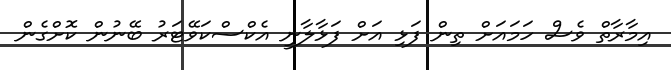
އިމާރާތް ވެސް ހަމައަށް ތިން ފަޅި އަށް ފަޅާލާނީ އެކްސްކަވޭޓަރު ބޭނުން ކޮށްގެން